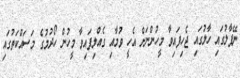
ނޭޕާލުގައި ހާލުގައި ޖެހިފައިވާ މީހުންނަށް އެހީ ވުމާއި ގެއްލިފައިވާ މީހުން ހޯދުމުގެ މަސައްކަތުގައި